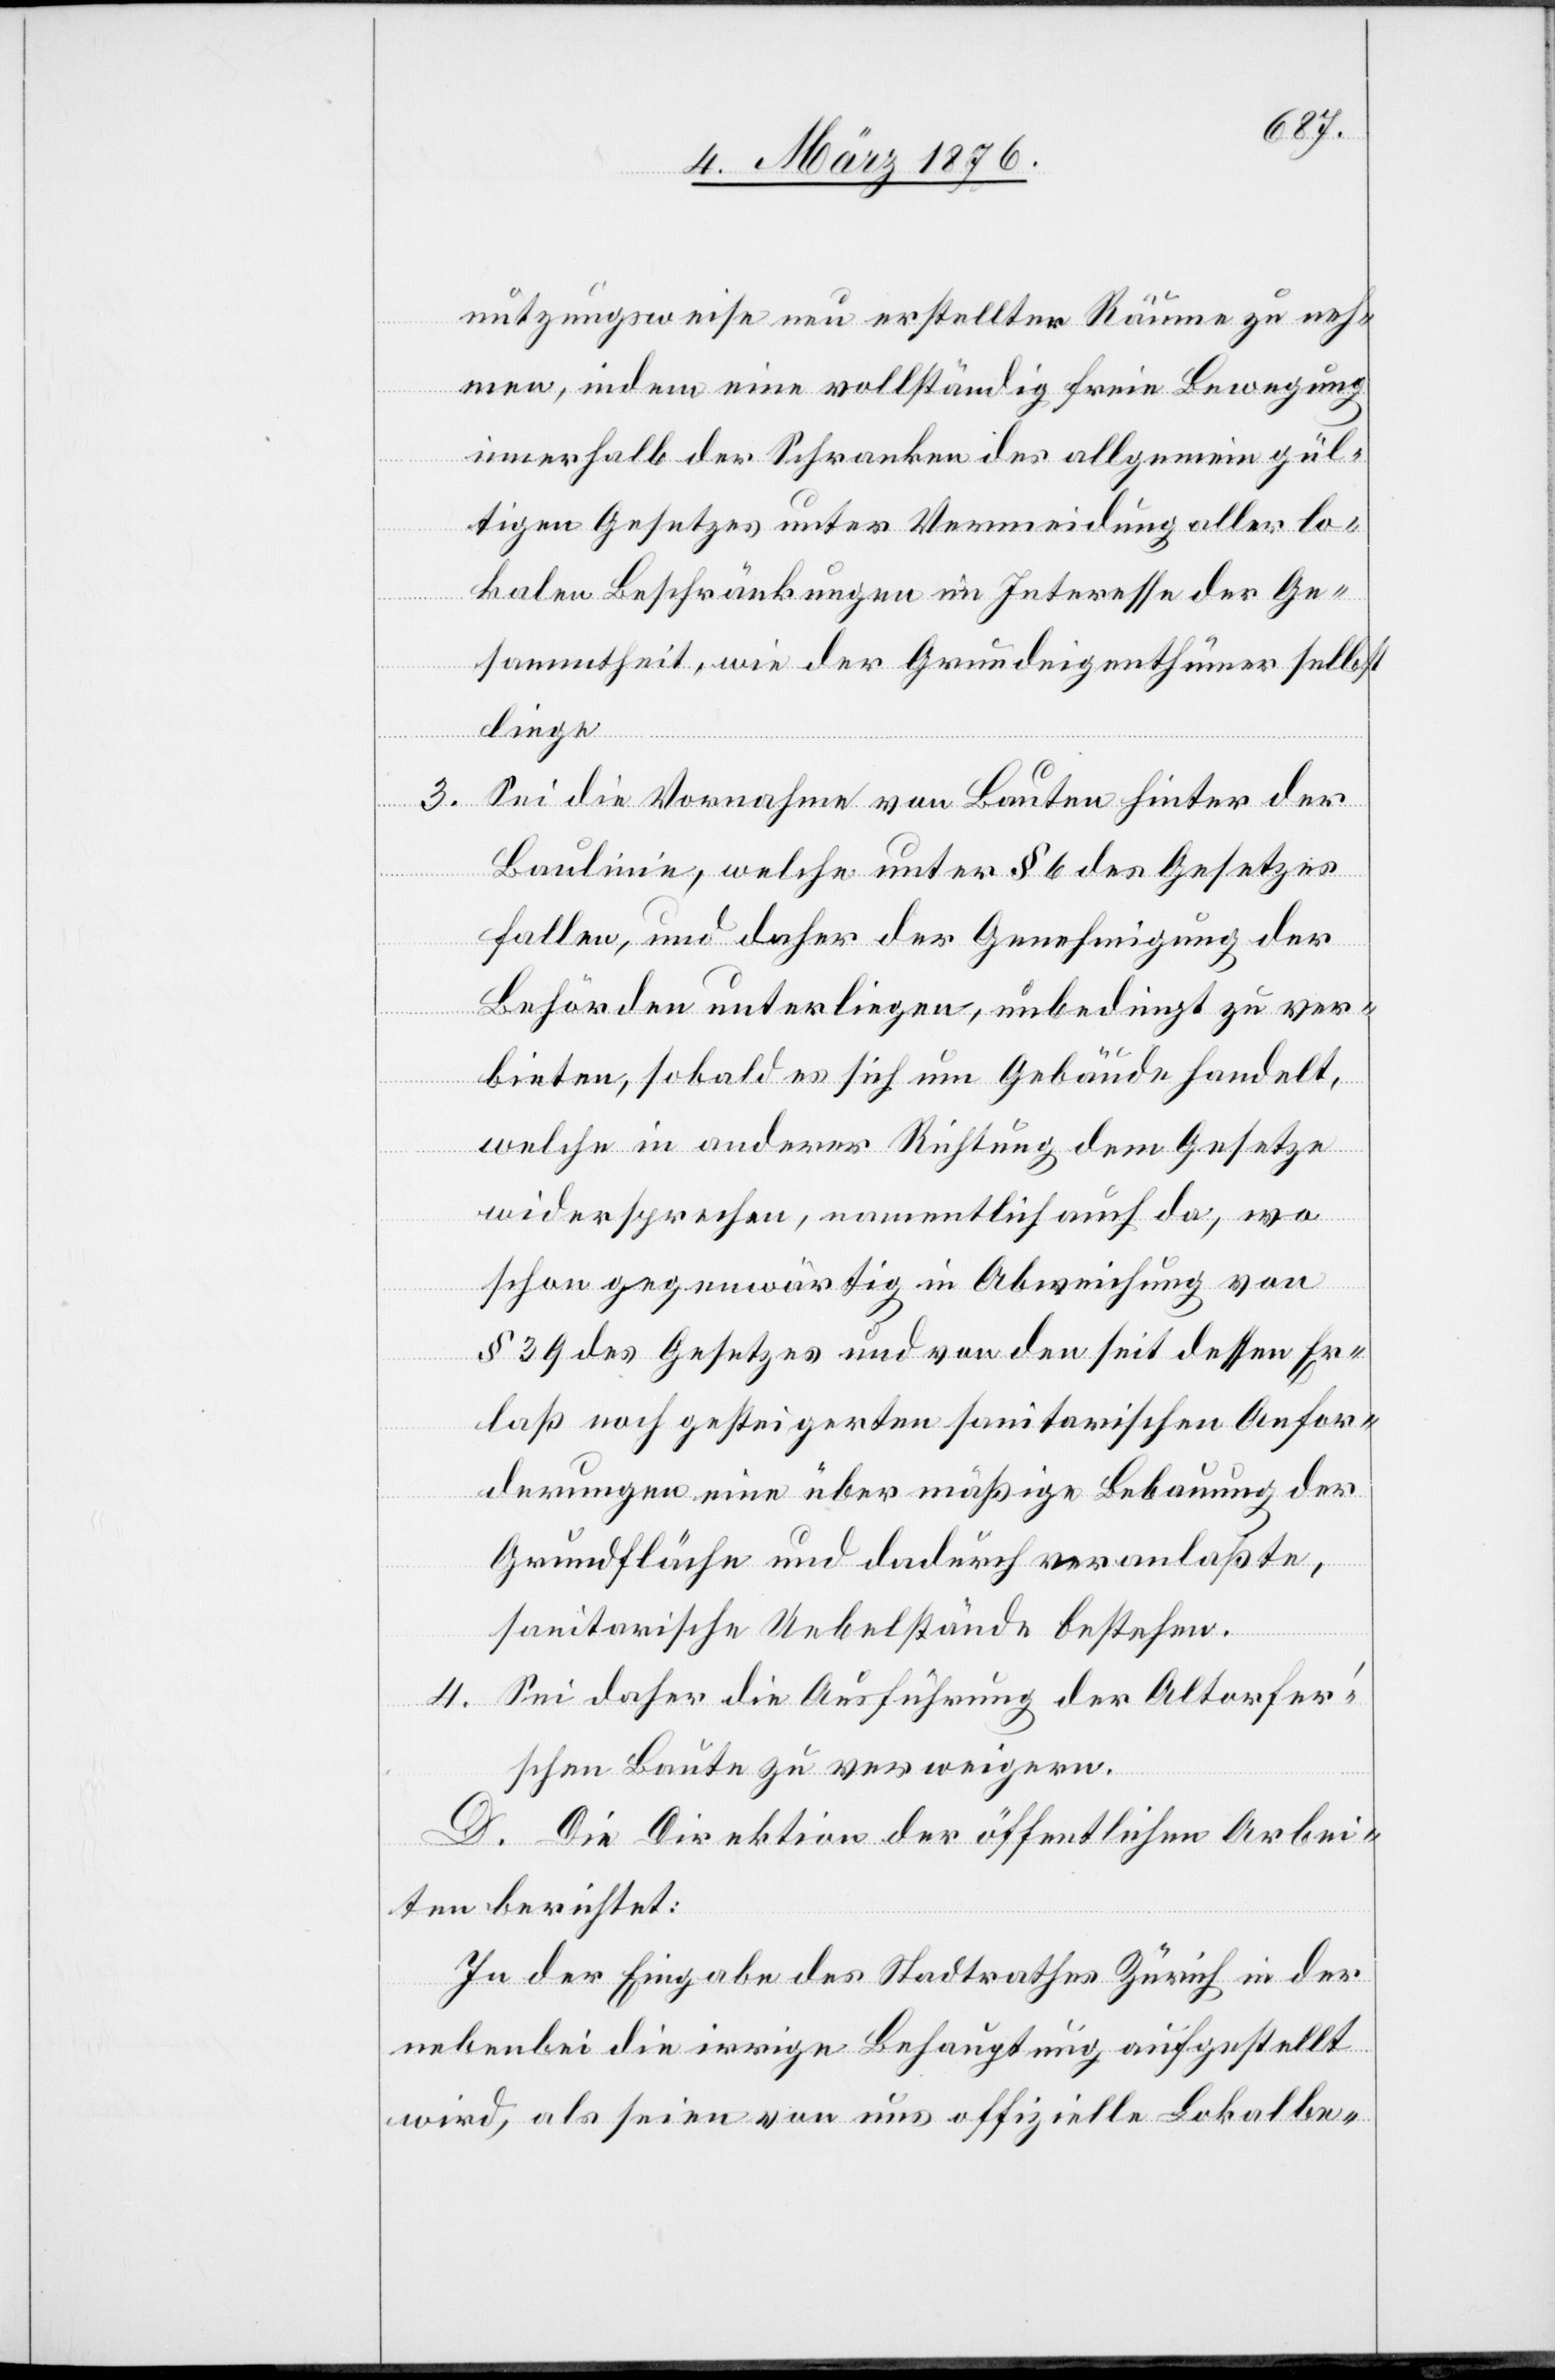
nutzungsweise neu erstellter Räume zu neh¬
men, indem eine vollständig freie Bewegung
innerhalb der Schranken des allgemein gül¬
tigen Gesetzes unter Vermeidung aller lo¬
kalen Beschränkungen im Interesse der Ge¬
sammtheit, wie der Grundeigenthümer selbst
liege[.]
3. Sei die Vornahme von Bauten hinter der
Baulinie, welche unter § 6 des Gesetzes
fallen, und daher der Genehmigung der
Behörden unterliegen, unbedingt zu ver¬
bieten, sobald es sich um Gebäude handelt,
welche in anderer Richtung dem Gesetze
widersprechen, namentlich auch da, wo
schon gegenwärtig in Abweichung von
§ 39 des Gesetzes und von den seit dessen Er¬
laß noch gesteigerten sanitarischen Anfor¬
derungen eine über mäßige Bebauung der
Grundfläche und dadurch veranlaßte,
sanitarische Uebelstände bestehen.
4. Sei daher die Ausführung der Altorfer’s¬
chen Baute zu verweigern.
D. Die Direktion der öffentlichen Arbei¬
ten berichtet:
In der Eingabe des Stadtrathes Zürich in der
nebenbei die irrige Behauptung aufgestellt
wird, als seien von uns offizielle Lokalbe-